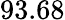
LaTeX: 93.68